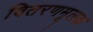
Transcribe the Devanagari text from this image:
वितरणमूलक